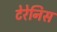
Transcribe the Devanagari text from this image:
टेरेनिस